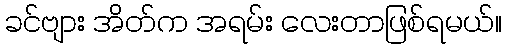
ခင်ဗျား အိတ်က အရမ်း လေးတာဖြစ်ရမယ်။